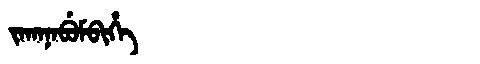
Manchu: ᠵᠠᡴᠠᠨᠠᠪᡠᠮᠪᡳᡥᡝ
Romanization: JAKANABUMBIHE